Vaccination in Bombay 1889-1901 - 1889-1901
Year: 1889
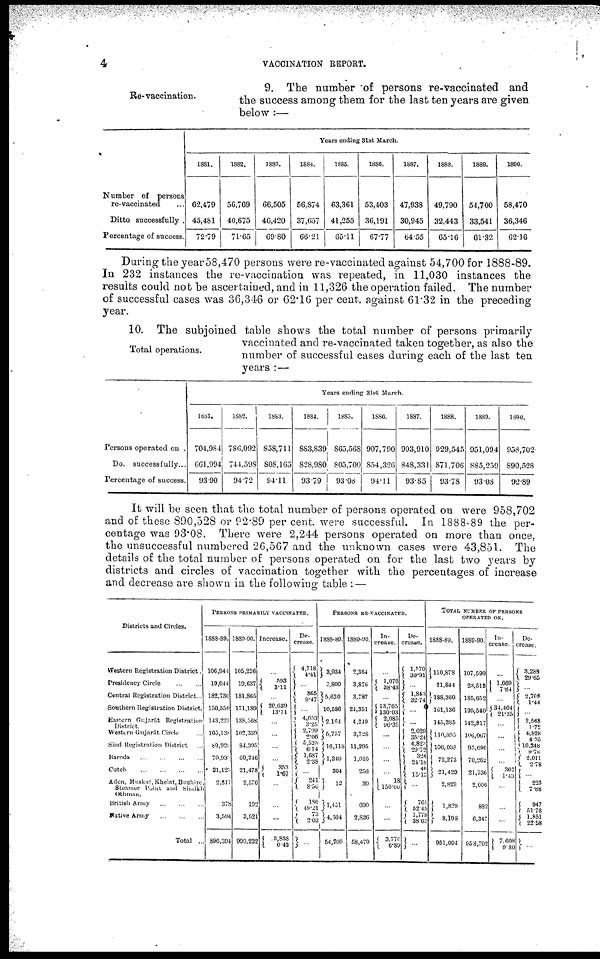
4
VACCINATION REPORT.
Re-vaccination.
9. The number of persons re-vaccinated and
the success among them for the last ten years are given
below :—
Number of persons
re-vaccinated ...
Ditto successfully .
Percentage of success.
Years ending 31st March.
1881.
62,479
45,481
72.79
1882.
56,769
40,675
71.65
1883.
66,505
46,420
69.80
1884.
56,874
37,657
66.21
1885.
63,361
41,255
65.11
1886.
53,403
36,191
67.77
1887.
47,938
30,945
64.55
1888.
49,790
32,443
65.16
1889.
54,700
33,541
61.32
1890.
58,470
36,346
62.16
During the year58,470 persons were re-vaccinated against 54,700 for 1888-89.
In 232 instances the re-vaccination was repeated, in 11,030 instances the
results could not be ascertained, and in 11,326 the operation failed. The number
of successful cases was 36,346 or 62.16 per cent. against 61.32 in the preceding
year.
Total operations.
10. The subjoined table shows the total number of persons primarily
vaccinated and re-vaccinated taken together, as also the
number of successful cases during each of the last ten
years :—
Persons operated on .
Do. successfully...
Percentage of success.
Years ending 31st March.
1881.
704,984
661,994
93.90
1882.
786,092
744,598
94.72
1883.
858,711
808,165
94.11
1884.
883,839
828,980
93.79
1885.
865,568
805,700
93.08
1886.
907,790
854,326
94.11
1887.
903,910
848,331
93.85
1888.
929,545
871,706
93.78
1889.
951,094
885,259
93.08
1890.
958,702
890,528
92.89
It will be seen that the total number of persons operated on were 958,702
and of these 890,528 or 92.89 per cent, were successful. In 1888-89 the per-
centage was 93.08. There were 2,244 persons operated on more than once,
the unsuccessful numbered 26,567 and the unknown cases were 43,851. The
details of the total number of persons operated on for the last two years by
districts and circles of vaccination together with the percentages of increase
and decrease are shown in the following table : —
Districts and Circles.
Western Registration District.
Presidency Circle
...
...
Central Registration District...
Southern Registration District.
Eastern Gujarát Registration
District
Western Gujarát Circle ...
Sind Registration District ...
Baroda
...
...
...
...
Cutch
...
...
...
...
Aden, Muskat, Khelat, Bushire,
Steamer Point and Shaikh
Othman.
British Army
...
...
...
Native Army
...
...
...
Total ..
PERSONS PRIMARILY VACCINATION
1888-89.
106,944
19,044
182,730
150,550
143,221
105,138
89,920
70,931
21,125
2,817
378
3,594
896,394
1889-90.
105,226
19,637
181,865
171,189
138,568
102,339
84,395
69,246
21,478
2,576
192
3,521
900,232
Increase.
...
593
3.11
...
20,639
13.71
...
...
...
...
353
1.67
...
...
...
3,838
0.48
De-
crease.
4,718
4.41
...
865
0.47
...
4,653
3.25
2,799
2.66
5,525
6.14
1,687
2.38
...
241
8.56
186
49.21
73
2.03
...
PERSONS RE-VACCINATED.
1888-89.
3,934
2,800
5,630
10,586
2,164
5,757
16,118
1,340
304
12
1, 451
4,504
54,700
1889-90.
2,364
3,876
3,787
24,351
4,249
3,728
11,295
1,016
258
30
690
2,826
58,470
In-
crease.
...
1,076
38.43
...
13,765
130.03
2,085
96.35
...
...
...
...
18
156.00
...
...
3,770
6.89
De-
crease.
1,570
39.91
...
1,843
32.74
...
...
2,029
35.24
4,823
29.72
324
24.18
46
15.13
...
761
52.45
1,778
38.62
...
TOTAL NUMBER OF PERSONS
OPERATED ON.
1888-89.
110,878
21,844
188,360
161,136
145,385
110,895
106,038
72,273
21,429
2,829
1,829
8,198
951,094
1889-90.
107,590
23,513
185,652
195,540
142,817
106,067
95,690
70,262
21,736
2,606
882
6,347
958,702
In¬
crease.
...
1,669
7.64
...
34,404
21.35
...
...
...
...
307
1.43
...
...
...
7,608
0.80
De-
crease.
3,288
29.65
...
2,768
1.44
...
2,568
1.72
4,828
4.35
10,348
9.76
2,011
2.78
...
223
7.88
947
51.78
1,851
22.58
...